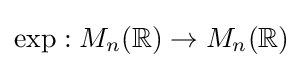
\exp :M_{n}(\mathbb {R} )\to M_{n}(\mathbb {R} )